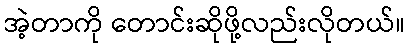
အဲ့တာကို တောင်းဆိုဖို့လည်းလိုတယ်။